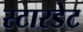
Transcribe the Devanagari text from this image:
स्टारडेट